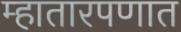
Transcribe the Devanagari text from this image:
म्हातारपणात